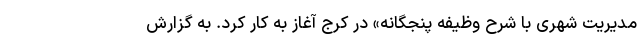
مدیریت شهری با شرح وظیفه پنجگانه» در کرج آغاز به کار کرد. به گزارش